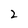
Character: 2